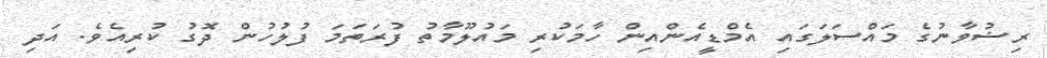
ރިޟުވާނުގެ މައްސަލަގައި އެމްޑީއެންއިން ހާމަކުރި މައުލޫމާތު ފުރަތަމަ ފުލުހުން ދޮގު ކުރިއެވެ. އަދި